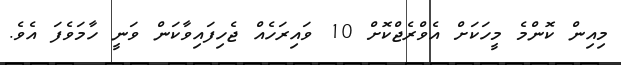
މިއިން ކޮންމެ މީހަކަށް އެވްރެޖްކޮށް 10 ވައިރަހެއް ޖެހިފައިވާކަން ވަނީ ހާމަވެފަ އެވެ.